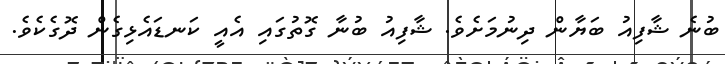
ބުނެ ޝާފިއު ބަޔާން ދިނުމަށެވެ. ޝާފިއު ބުނާ ގޮތުގައި އެއީ ކަނޑައެޅިގެން ދޮގެކެވެ.